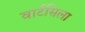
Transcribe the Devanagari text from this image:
वार्टसिला